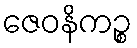
ဇေဝနိကဉ္စ